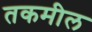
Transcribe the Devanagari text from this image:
तकमील